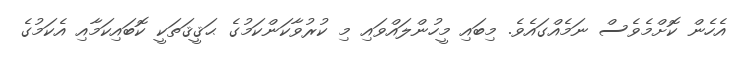
އެހެން ކޮށްމެވެސް ނަމެއްގައެވެ. މިބައި މީހުންލައްވައި މި ކުރުވާކަންކަމުގެ ޙަޤީޤަތަކީ ކޮބައިކަމާއި އެކަމުގެ